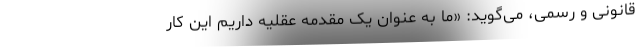
قانونی و رسمی، می‌گوید: «ما به عنوان یک مقدمهٔ عقلیه داریم این کار